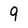
Character: 9